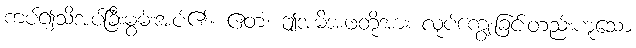
ကပ်၍သိအပ်ခြီးမွမ်းအပ်၏။ ဧတံ၊ ဤအမိအဖတို့အား လုပ်ကျွေးခြင်းတည်းဟူသော